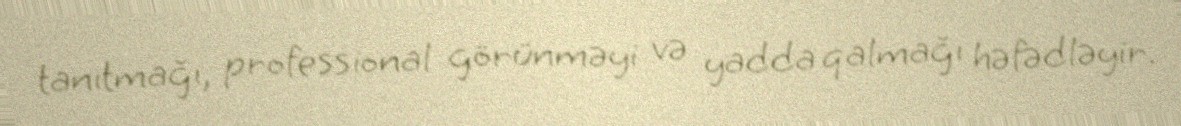
tanıtmağı, professional görünməyi və yadda qalmağı həfədləyir.